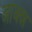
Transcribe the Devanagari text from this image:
आक्श्न